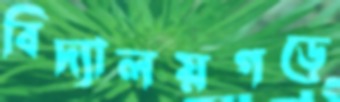
বিদ্যালয়গড়ে